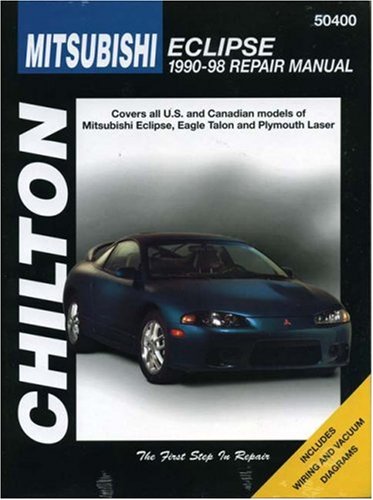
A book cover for Mitsubishi Eclipse, 1990-98 (CHILTON Repair Manuals); Chilton; Engineering & Transportation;